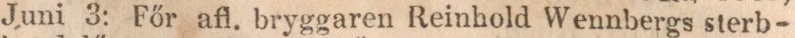
Juni 3: Főr afl. bryggaren Reinhold Wennbergs sterb-